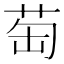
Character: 𦮍